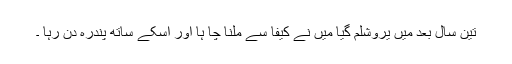
تین سال بعد میں یروشلم گیا میں نے کیفا سے ملنا چا ہا اور اسکے ساتھ پندرہ دن رہا ۔